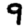
Digit: 9